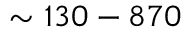
\sim 1 3 0 - 8 7 0